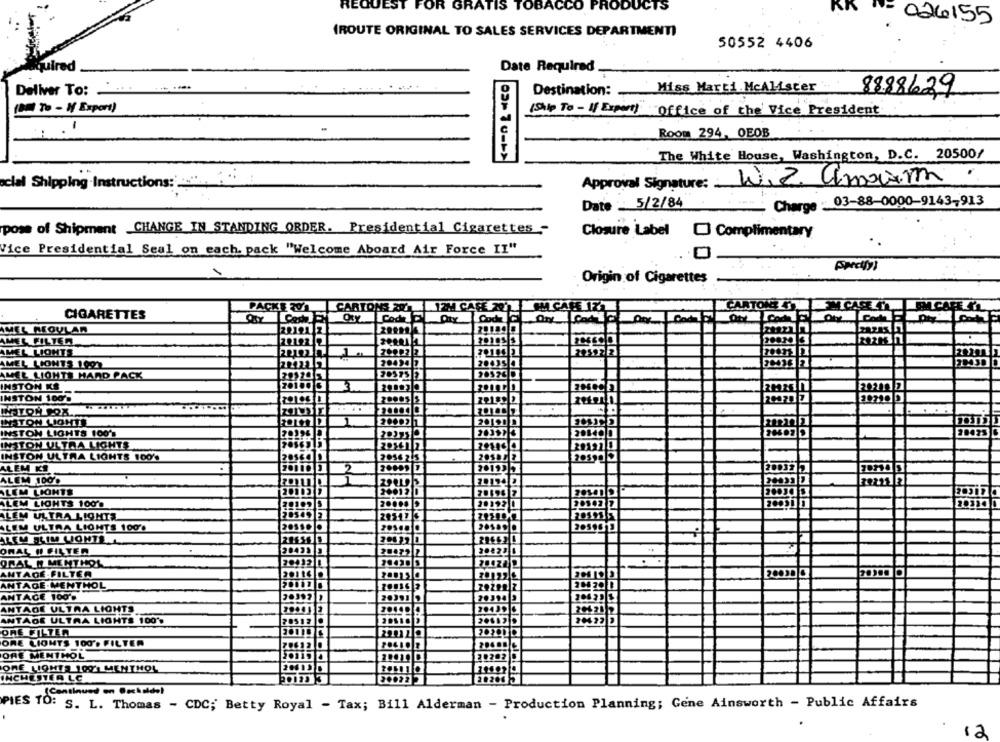
REQUEST FOR GRATIS TOBACCO PRODUCTS
026155
(ROUTE ORIGINAL TO SALES SERVICES DEPARTMENT)
50552 4406
quired
Date Required _
Miss Marti.McAlister ..
Deliver To:
Destination:
8888629
( To - If Export)
(Ship To - If Expert) Office of the Vice President
Room 294, OEOB
The White House, Washington, D.C. 20500/
cial Shipping Instructions:
Approval Signature : Wiz Amorim
Date 5/2/84
Charge : 03-88-0000-9143-913
pose of Shipment CHANGE IN STANDING ORDER. Presidential Cigarettes -
Closure Label [] Complimentary
Vice Presidential Seal on each. pack "Welcome Aboard Air Force II"
Origin of Cigarettes
CARTONEETT
ICASEY
PACKE 31
CARTONS ZOL
12M CASE 201
EM CARE IL.
CIGARETTES
LORYCom
Code C
AMEL REGULAR
AMEL FILTER
AMEL LIGHTS
AMEL LIONTS 1001
20035
AMEL LIGHTS HARD PACK
INSTON KS
INSTON 100'%
LISTON LIOMTE
20190 D
INSTON LIGHTS 100's
INSTON ULTRA LIGHTS
2056
FOY
INSTON ULTRA LIGHTS 100'
ALEM KI
2
ALEM 100%
20194
LEM LIGHTS
ALEM LIGHTS 100%
20192 0
ALLEM ULTRA LIGHTA
29517
ALEM ULTRA LIGHTS 100%
....
20590 9
TEC ILIM LIGHTS
ORAL I CIL TER
ORAL N MENTHOL
ANTADE FILTER
ANTAGE MENTHOL
ANTACE 100'%
ANTAGE ULTRA LIGHTS
ANTAGE ULTRA LIGHTS 100 **
ORE FILTER
ORE LIONTS 100% FILTER
204 ..
ORE MENTHOL
ORE LIGHTS 1091 MENTHOL
INCHESTER LC
120
(Continued on Backolds)
PIES TO: S. L. Thomas - CDC; Betty Royal - Tax; Bill Alderman - Production Planning; Gene Ainsworth - Public Affairs
12